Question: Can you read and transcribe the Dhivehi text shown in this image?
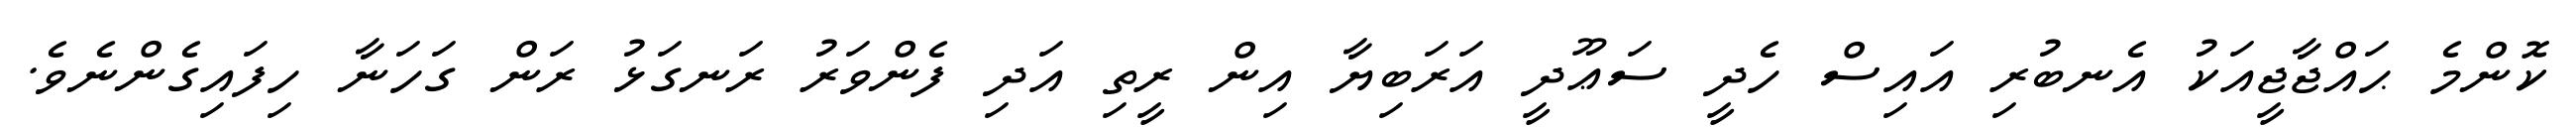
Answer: ކޮންމެ ޙައްޖާޖީއަކު އެނބުރި އައިސް ހެދީ ސަޢޫދީ އަރަބިޔާ އިން ރީތި އަދި ފެންވަރު ރަނގަޅު ރަން ގަހަނާ ހިފައިގެންނެވެ.